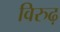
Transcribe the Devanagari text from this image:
विरुढ़